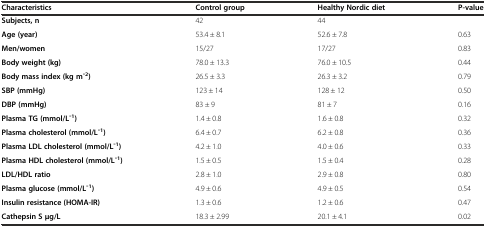
<table><thead><tr><td><b>Characteristics</b></td><td><b>Control group</b></td><td><b>Healthy Nordic diet</b></td><td><b>P-value</b></td></tr></thead><tbody><tr><td><b>Subjects, n</b></td><td>42</td><td>44</td><td></td></tr><tr><td><b>Age (year)</b></td><td>53.4 ± 8.1</td><td>52.6 ± 7.8</td><td>0.63</td></tr><tr><td><b>Men/women</b></td><td>15/27</td><td>17/27</td><td>0.83</td></tr><tr><td><b>Body weight (kg)</b></td><td>78.0 ± 13.3</td><td>76.0 ± 10.5</td><td>0.44</td></tr><tr><td><b>Body mass index (kg m ̄</b><sup><b>2</b></sup><b>)</b></td><td>26.5 ± 3.3</td><td>26.3 ± 3.2</td><td>0.79</td></tr><tr><td><b>SBP (mmHg)</b></td><td>123 ± 14</td><td>128 ± 12</td><td>0.50</td></tr><tr><td><b>DBP (mmHg)</b></td><td>83 ± 9</td><td>81 ± 7</td><td>0.16</td></tr><tr><td><b>Plasma TG (mmol/L ̄</b><sup><b>1</b></sup><b>)</b></td><td>1.4 ± 0.8</td><td>1.6 ± 0.8</td><td>0.32</td></tr><tr><td><b>Plasma cholesterol (mmol/L ̄</b><sup><b>1</b></sup><b>)</b></td><td>6.4 ± 0.7</td><td>6.2 ± 0.8</td><td>0.36</td></tr><tr><td><b>Plasma LDL cholesterol (mmol/L ̄</b><sup><b>1</b></sup><b>)</b></td><td>4.2 ± 1.0</td><td>4.0 ± 0.6</td><td>0.33</td></tr><tr><td><b>Plasma HDL cholesterol (mmol/L ̄</b><sup><b>1</b></sup><b>)</b></td><td>1.5 ± 0.5</td><td>1.5 ± 0.4</td><td>0.28</td></tr><tr><td><b>LDL/HDL ratio</b></td><td>2.8 ± 1.0</td><td>2.9 ± 0.8</td><td>0.80</td></tr><tr><td><b>Plasma glucose (mmol/L ̄</b><sup><b>1</b></sup><b>)</b></td><td>4.9 ± 0.6</td><td>4.9 ± 0.5</td><td>0.54</td></tr><tr><td><b>Insulin resistance (HOMA-IR)</b></td><td>1.3 ± 0.6</td><td>1.2 ± 0.6</td><td>0.47</td></tr><tr><td><b>Cathepsin S μg/L</b></td><td>18.3 ± 2.99</td><td>20.1 ± 4.1</td><td>0.02</td></tr></tbody></table>